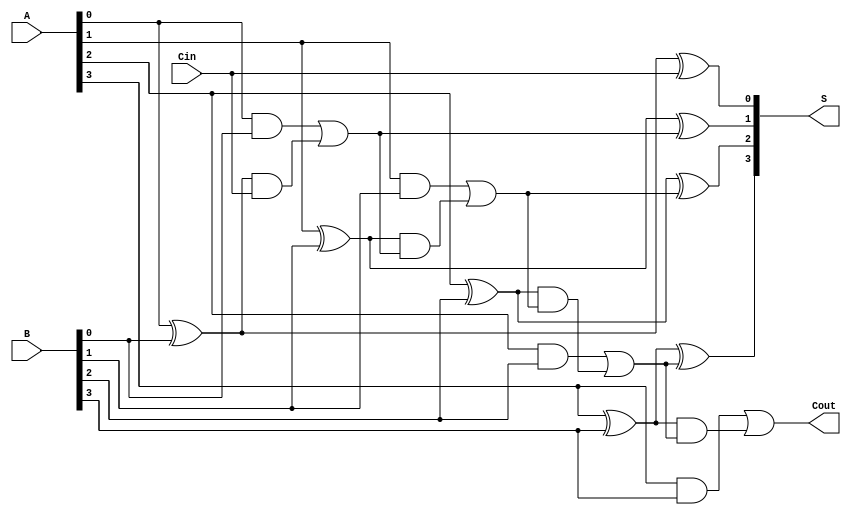
module HanCarlsonAdder #(
    parameter N = 4 // Bit-width of the adder
)(
    input  [N-1:0] A,        // First n-bit input
    input  [N-1:0] B,        // Second n-bit input
    input         Cin,        // Carry-in
    output [N-1:0] S,        // n-bit sum output
    output        Cout        // Carry-out
);

    wire [N-1:0] G;          // Generate signals
    wire [N-1:0] P;          // Propagate signals
    wire [N-1:0] C;          // Carry signals

    // Generate and Propagate Logic
    genvar i;
    generate
        for (i = 0; i < N; i = i + 1) begin: generate_propagate
            assign G[i] = A[i] & B[i];        // Generate
            assign P[i] = A[i] ^ B[i];        // Propagate
        end
    endgenerate

    // Carry Generation Logic
    assign C[0] = Cin; // C[0] is the carry-in

    generate
        for (i = 1; i < N; i = i + 1) begin: carry_logic
            assign C[i] = G[i-1] | (P[i-1] & C[i-1]); // Carry
        end
    endgenerate

    // Sum Generation Logic
    generate
        for (i = 0; i < N; i = i + 1) begin: sum_logic
            assign S[i] = P[i] ^ C[i]; // Sum
        end
    endgenerate

    // Final Carry-Out Logic
    assign Cout = G[N-1] | (P[N-1] & C[N-1]); // Carry-out

endmodule